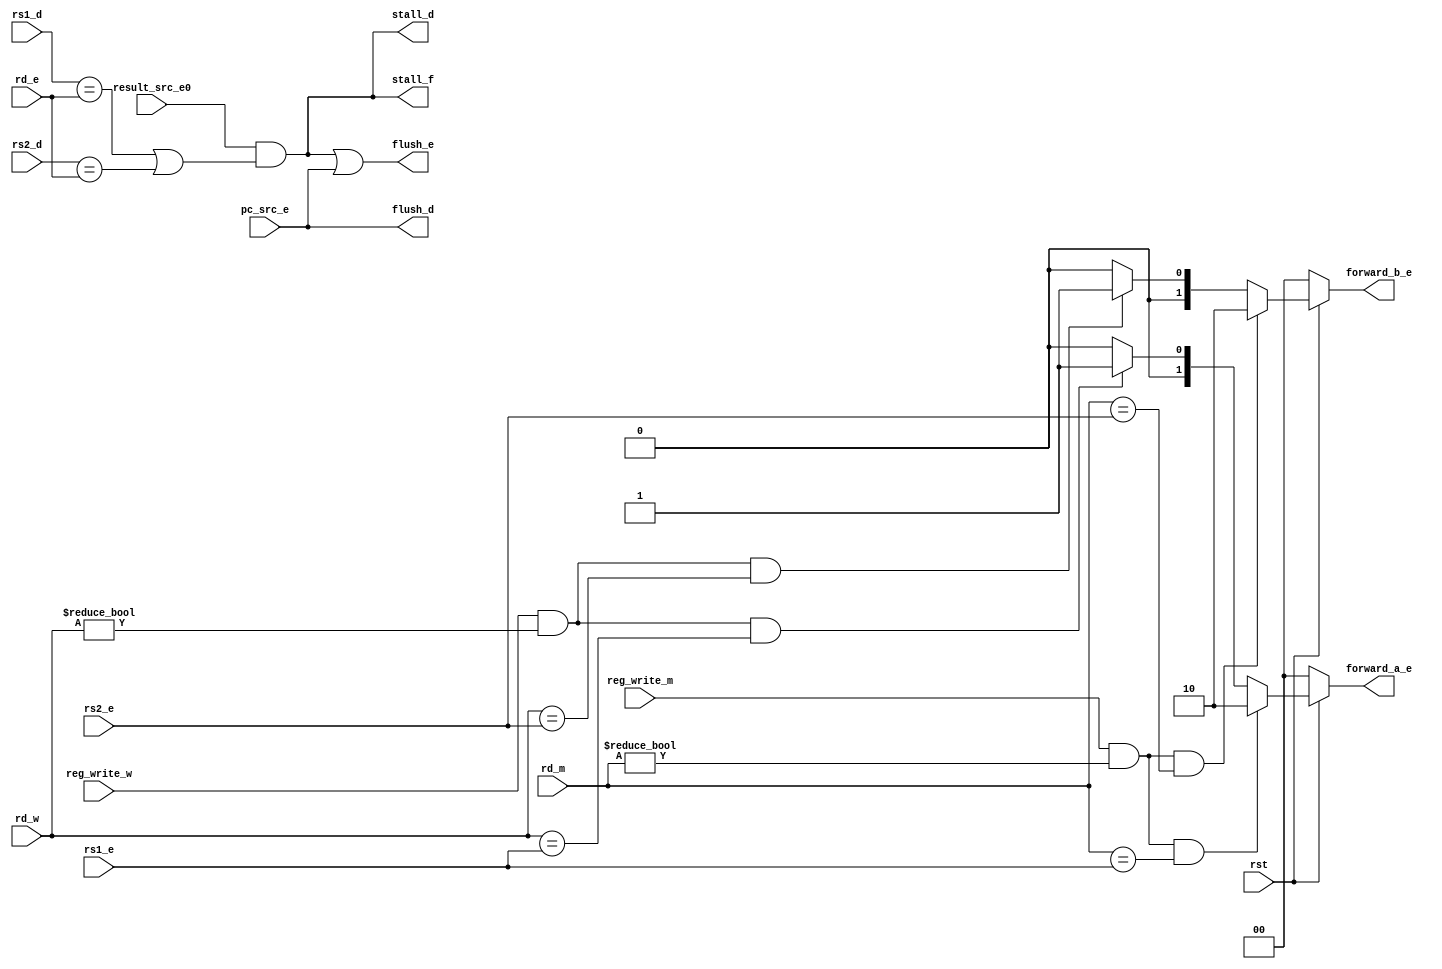
/* Module: hazard_unit
   Description: Hazard detection unit
   Inputs: rst - Reset signal; reg_write_m - Register write enable from MEM stage; reg_write_w - Register write enable from WB stage
           result_src_e0 - Result source signal from EX stage; pc_src_e - PC source signal from EX stage; rd_m - Destination register from MEM stage
           rd_w - Destination register from WB stage; rs1_e - Source register 1 from EX stage; rs2_e - Source register 2 from EX stage
           rs1_d - Source register 1 from ID stage; rs2_d - Source register 2 from ID stage; rd_e - Destination register from EX stage
   Outputs: stall_f - Stall signal for IF stage; stall_d - Stall signal for ID stage; flush_e - Flush signal for EX stage
            flush_d - Flush signal for ID stage; forward_a_e - Forward signal for ALU source A; forward_b_e - Forward signal for ALU source B
*/
module hazard_unit (
    input             rst,
    input             reg_write_m,
    input             reg_write_w,
    input             result_src_e0,
    input             pc_src_e,
    input      [4:0]  rd_m,
    input      [4:0]  rd_w,
    input      [4:0]  rs1_e,
    input      [4:0]  rs2_e,
    input      [4:0]  rs1_d,
    input      [4:0]  rs2_d,
    input      [4:0]  rd_e,
    output            stall_f,
    output            stall_d,
    output            flush_e,
    output            flush_d,
    output     [1:0]  forward_a_e,
    output     [1:0]  forward_b_e
);

    wire lw_stall;

    assign forward_a_e = (rst == 1'b0) ? 2'b00 :
       ((reg_write_m == 1'b1) && (rd_m != 5'h00) && (rd_m == rs1_e)) ? 2'b10 :// forward from memory stage.
       ((reg_write_w == 1'b1) && (rd_w != 5'h00) && (rd_w == rs1_e)) ? 2'b01 : 2'b00; //forward from write back stage.

    assign forward_b_e = (rst == 1'b0) ? 2'b00 :
       ((reg_write_m == 1'b1) && (rd_m != 5'h00) && (rd_m == rs2_e)) ? 2'b10 : // forward from memory stage.
       ((reg_write_w == 1'b1) && (rd_w != 5'h00) && (rd_w == rs2_e)) ? 2'b01 : 2'b00; //forward from write back stage.

    assign lw_stall = (result_src_e0 && ((rs1_d == rd_e) || (rs2_d == rd_e)));
    assign stall_f = lw_stall;
    assign stall_d = lw_stall;
    assign flush_d = pc_src_e;
    assign flush_e = lw_stall || pc_src_e;

endmodule